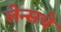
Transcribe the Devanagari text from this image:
लेन्सचे